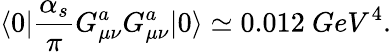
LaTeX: \langle{0}|{\frac{\alpha_{s}}{\pi}}G_{\mu\nu}^{a}G_{\mu\nu}^{a}|{0}\rangle\simeq 0.012\ GeV^{4}.